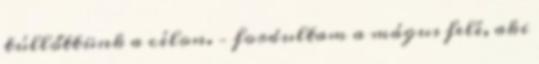
túllőttünk a célon. – fordultam a mágus felé, aki